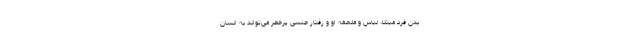
بدن فرد مبتلا، لباس و ملحفه او و رفتار جنسی پرخطر می‌تواند به انسان